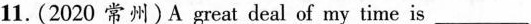
11. (2020 常州)A great deal of my time is ___